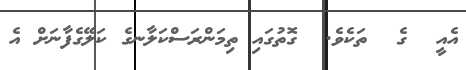
އެއީ  ގެ  ތަކެވެ.  ގޮތުގައި ތިމަންރަސްކަލާނގެ ކަލޭގެފާނަށް އެ